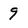
Character: 9